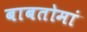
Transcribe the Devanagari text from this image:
बाबतोमां